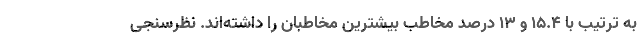
به ترتیب با 15.4 و 13 درصد مخاطب بیشترین مخاطبان را داشته‌اند. نظرسنجی